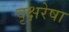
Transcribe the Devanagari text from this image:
वृक्षरेषा